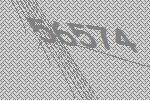
56574